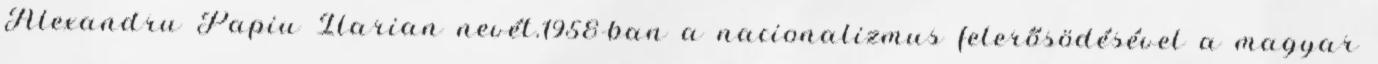
Alexandru Papiu Ilarian nevét.1958-ban a nacionalizmus felerősödésével a magyar